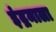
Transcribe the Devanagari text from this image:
इंद्रमाला